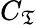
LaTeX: C_{\mathfrak{T}}